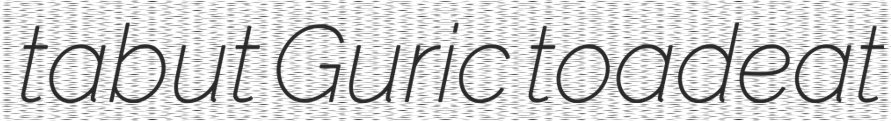
tabut Guric toadeat